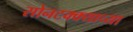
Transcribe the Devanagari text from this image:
सोनटक्क्याच्या